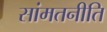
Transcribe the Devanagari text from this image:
सांमतनीति